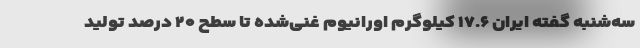
سه‌شنبه گفته ایران ۱۷.۶ کیلوگرم اورانیوم غنی‌شده تا سطح ۲۰ درصد تولید